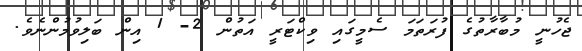
ޖެހުނީ މުބާރާތުގެ ފުރަތަމަ ސެމީގައި ވިކްޓަރީ އަތުން 2- 1 އިން ބަލިވުމުންނެވެ.